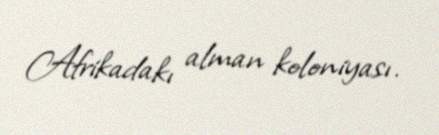
Afrikadakı alman koloniyası.